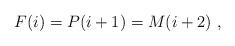
LaTeX: \begin{align*}F(i) = P(i+1) = M(i+2)~,\end{align*}